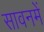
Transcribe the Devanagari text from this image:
सावनमें